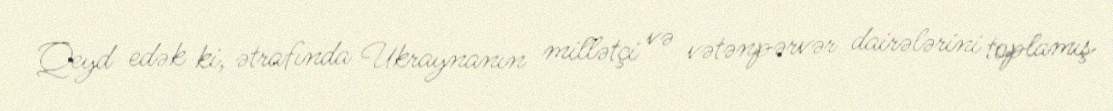
Qeyd edək ki, ətrafında Ukraynanın millətçi və vətənpərvər dairələrini toplamış